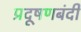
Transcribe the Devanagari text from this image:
प्रदूषणबंदी